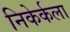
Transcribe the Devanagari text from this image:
निकेर्कला